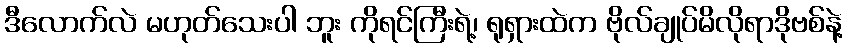
ဒီလောက်လဲ မဟုတ်သေးပါ ဘူး ကိုရင်ကြီးရဲ့၊ ရုရှားထဲက ဗိုလ်ချုပ်မိလိုရာဒိုဗစ်နဲ့